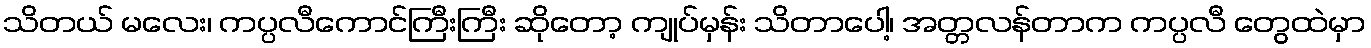
သိတယ် မလေး၊ ကပ္ပလီကောင်ကြီးကြီး ဆိုတော့ ကျုပ်မှန်း သိတာပေါ့၊ အတ္တလန်တာက ကပ္ပလီ တွေထဲမှာ